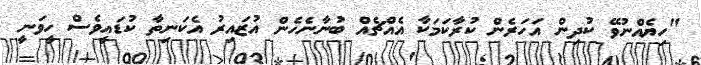
"ހިޔެއްނުވޭ ކުދިން އަހަރެން ކުރާކަމަކާ އެއްޗެއް ބުނާނެހެން އުޒައިރު އެކަނިތާ ކުޑައީވެސް ހީވަނީ